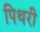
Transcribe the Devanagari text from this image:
पिथरी